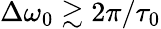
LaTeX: \Delta\omega_{0}\gtrsim 2\pi/\tau_{0}